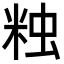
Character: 𧊾